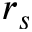
r _ { s }